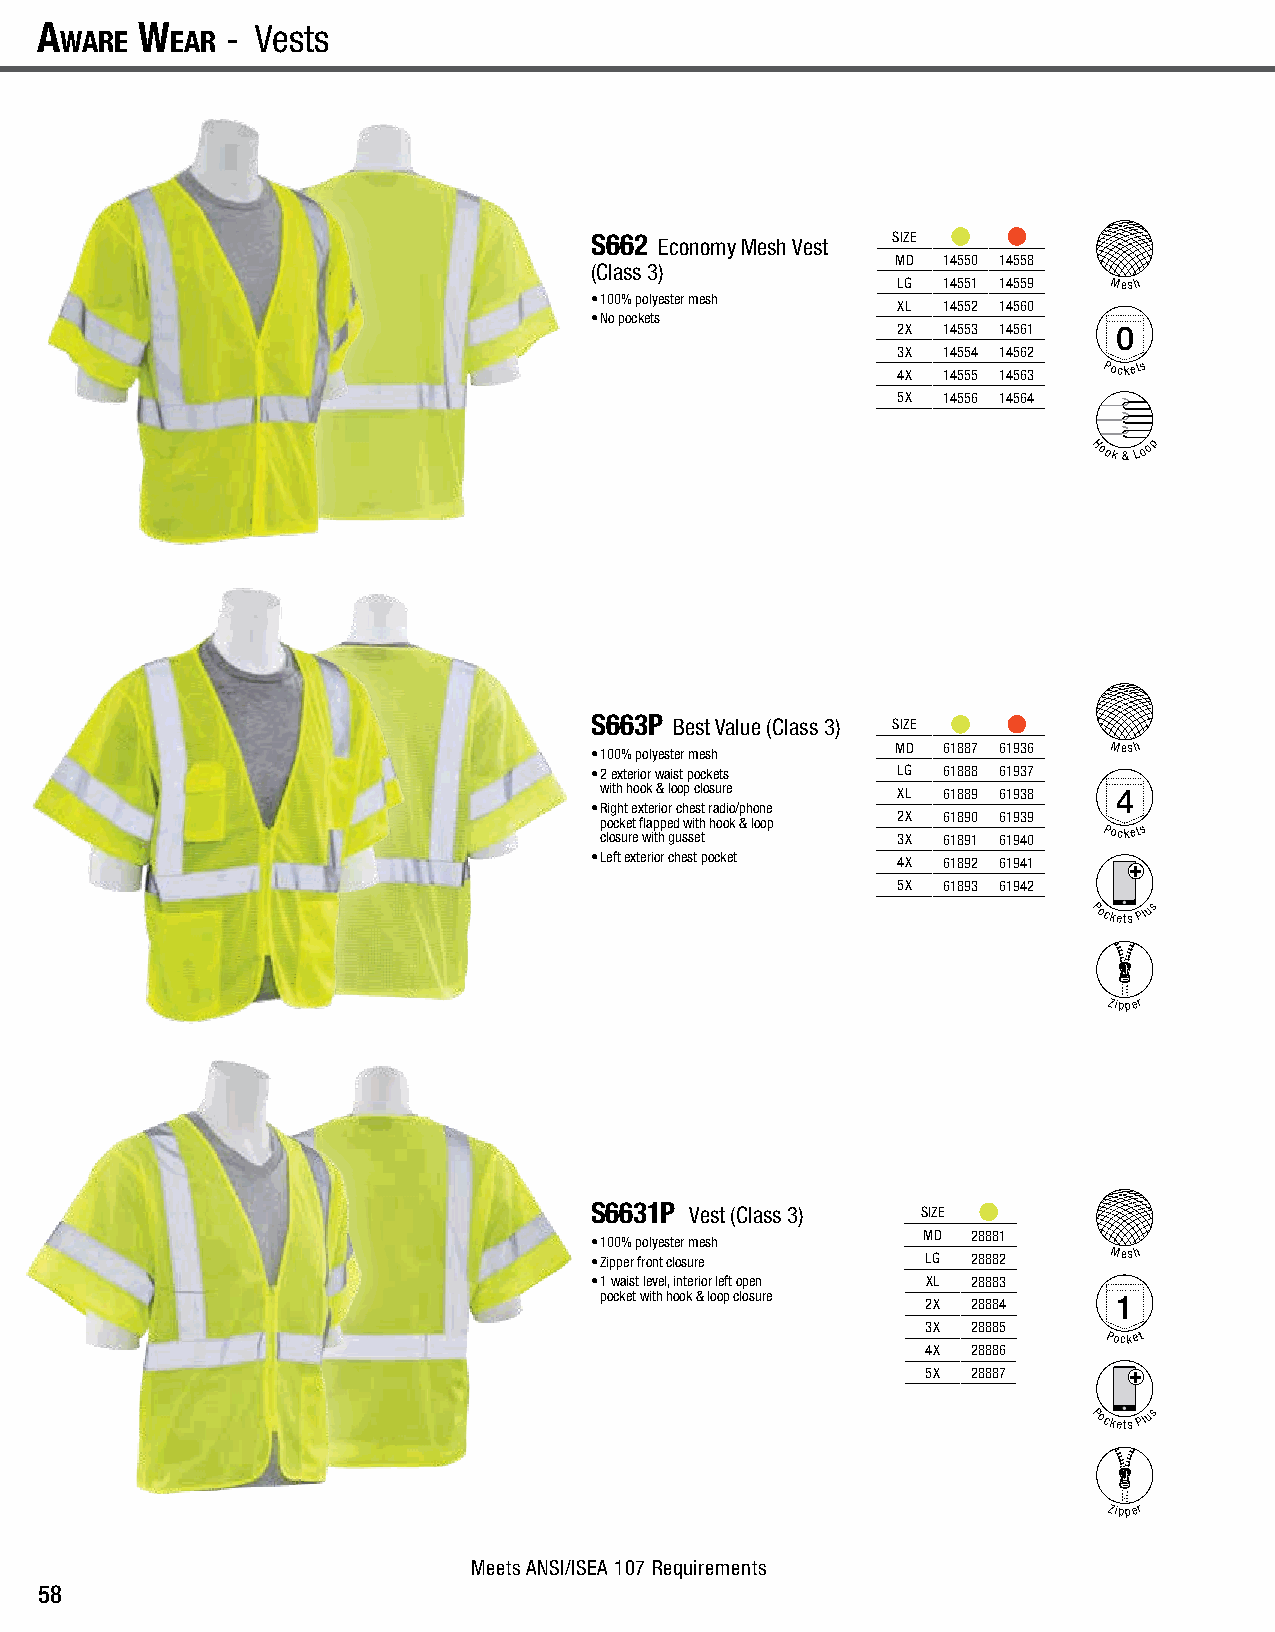
A
 wAre
 w
 eAr
 - Vests                                                                             Vests - A
 wAre
 w
 eAr
 S662 Economy Mesh Vest SIZE
 MD 14550 14558
 (Class 3)
 LG 14551 14559 Mesh
 • 100% polyester mesh
 XL 14552 14560
 • No pockets
 2X 14553 14561 0
 3X 14554 14562
 4X 14555 14563
 Pockets
 5X 14556 14564
 Hook
 &
 Loop
 S663P Best Value (Class 3) SIZE
 • 100% polyester mesh
 MD 61887 61936 Mesh
 • 2 exterior waist pockets LG 61888 61937
 with hook & loop closure XL 61889 61938 4
 • Right exterior chest radio/phone
 pocket flapped with hook & loop 2X 61890 61939
 closure with gusset 3X 61891 61940
 Pockets
 • Left exterior chest pocket 4X 61892 61941
 5X 61893 61942
 Pockets Plus
 Zipper
 S6631P Vest (Class 3) SIZE
 MD 28881
 • 100% polyester mesh
 • Zipper front closure LG 28882   Mesh
 • 1 waist level, interior left open XL 28883
 pocket with hook & loop closure 2X 28884 1
 3X 28885
 Pocket
 4X 28886
 5X 28887
 Pockets Plus
 Zipper
 Meets ANSI/ISEA 107 Requirements
 58